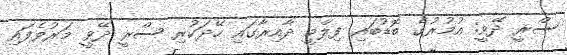
ސްރީ ދޭވީ: އުމުރުގެ ބޮޑުބައި ފިލްމީ ދާއިރާގައި ހޭދަކުރި ސްރީ ދޭވީ މަރުވެފައި